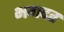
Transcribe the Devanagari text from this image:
भगदत